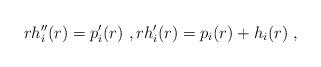
LaTeX: \begin{align*} rh_i^{\prime \prime}(r) = p_i^\prime(r) \ , rh_i^\prime(r) = p_i(r) + h_i(r) \ ,\end{align*}